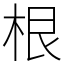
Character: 根